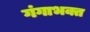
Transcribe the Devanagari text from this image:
गंगाभक्त